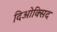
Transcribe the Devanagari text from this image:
दिओक्सिद